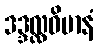
ဒဒ္ဒလ္လဝိမာနံ